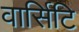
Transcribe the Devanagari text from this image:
वार्सिटि